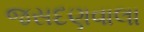
જસદણવાલા